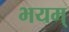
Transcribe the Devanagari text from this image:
भयम्